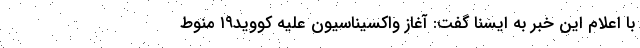
با اعلام این خبر به ایسنا گفت: آغاز واکسیناسیون علیه کووید۱۹ منوط